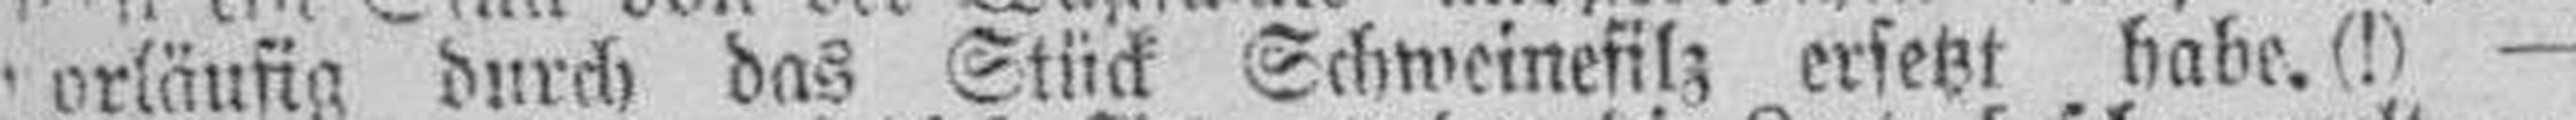
vorläufig durch das Stück Schweinefilz ersetzt habe. (!) —